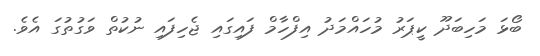
ބޯޅަ މަހިބަދޫ ކީޕަރު މުހައްމަދު އިފްހާމް ފައިގައި ޖެހިފައި ނުކުތް ވަގުތުގަ އެވެ.